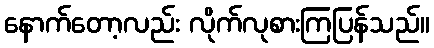
နောက်တော့လည်း လိုက်လုစားကြပြန်သည်။